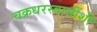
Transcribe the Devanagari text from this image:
चक्रधरस्वामींशी